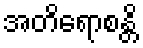
အတိရောစန္တိ